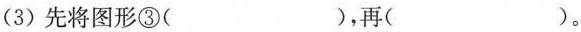
(3)先将图形③()，再()。